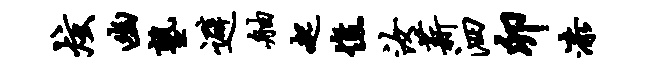
炫幽塾避舳起憔汝薪泗卯漆